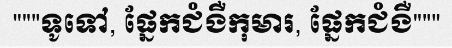
"""ទូទៅ, ផ្នែកជំងឺកុមារ, ផ្នែកជំងឺ"""